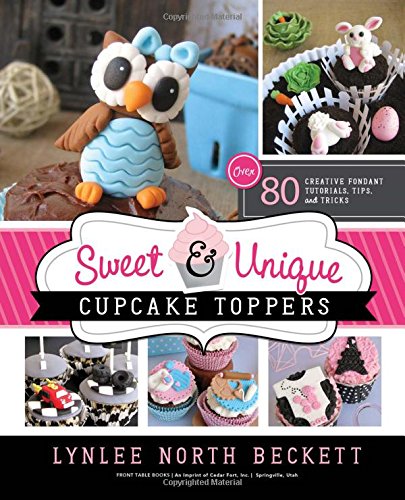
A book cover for Sweet and Unique Cupcake Toppers: Over 80 Creative Fondant Tutorials, Tips and Tricks; Lynlee North Beckett; Cookbooks, Food & Wine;